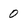
Character: 0